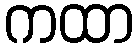
ကထာ